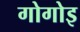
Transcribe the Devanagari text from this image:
गोगोइ